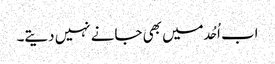
اب اُحُد میں بھی جانے نہیں دیتے۔